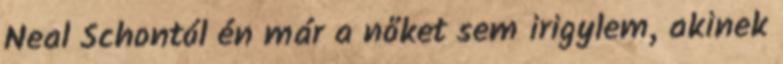
Neal Schontól én már a nőket sem irigylem, akinek